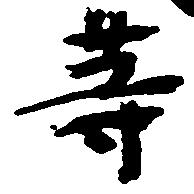
等